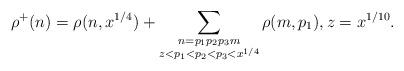
LaTeX: \begin{align*} \rho^+(n) = \rho(n, x^{1/4}) + \sum_{\substack{n = p_1p_2p_3m \\ z< p_1 < p_2 < p_3 < x^{1/4}}} \rho(m, p_1),z=x^{1/10}.\end{align*}